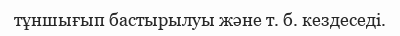
тұншығып бастырылуы және т. б. кездеседі.